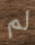
لم